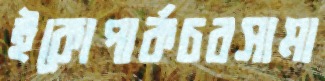
ইকোপার্কচরসামা